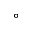
^ \circ